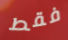
فقط